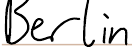
Berlin